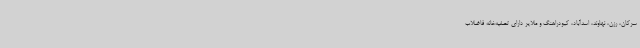
سرکان، رزن، نهاوند، اسدآباد، کبودراهنگ و ملایر دارای تصفیه‌خانه فاضلاب